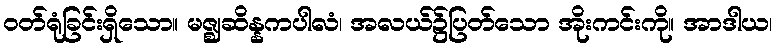
ဝတ်ရုံခြင်းရှိသော။ မဇ္ဈဆိန္နကပါလံ၊ အလယ်၌ပြတ်သော အိုးကင်းကို။ အာဒါယ၊